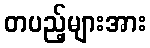
တပည့်များအား